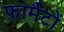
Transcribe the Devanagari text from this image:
फ़ार्मैटों